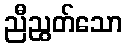
ညီညွတ်သော